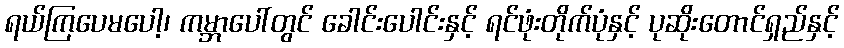
ရယ်ကြပေမပေါ့၊ ကမ္ဘာပေါ်တွင် ခေါင်းပေါင်းနှင့် ရင်ဖုံးတိုက်ပုံနှင့် ပုဆိုးတောင်ရှည်နှင့်